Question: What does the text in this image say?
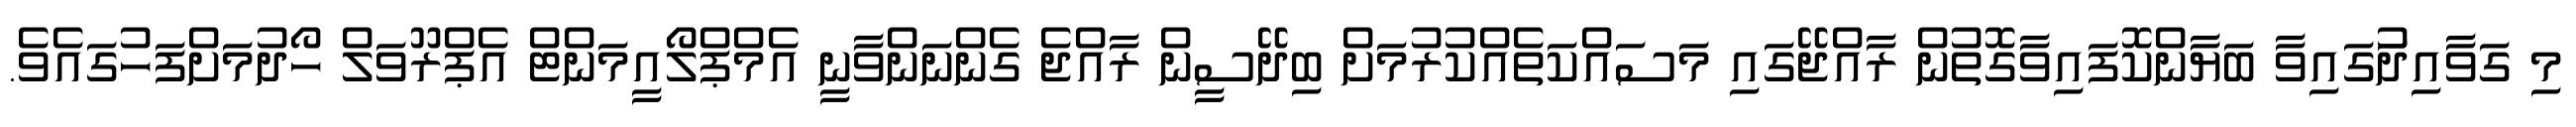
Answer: މި ގަވާއިދުަގައިވާ ބަޔާންކޮފައިވާގޮތުން ރާއްޖޭގައި މަސައްކަތެއްކުރުމަށް ބިދޭސީން ރާއްޖެ ގެންނަންވާނީ އެމްޕްލޯއީމަންޓް އެޕްރޫވަލް ހޯދުމަށްފަހުގައެވެ.